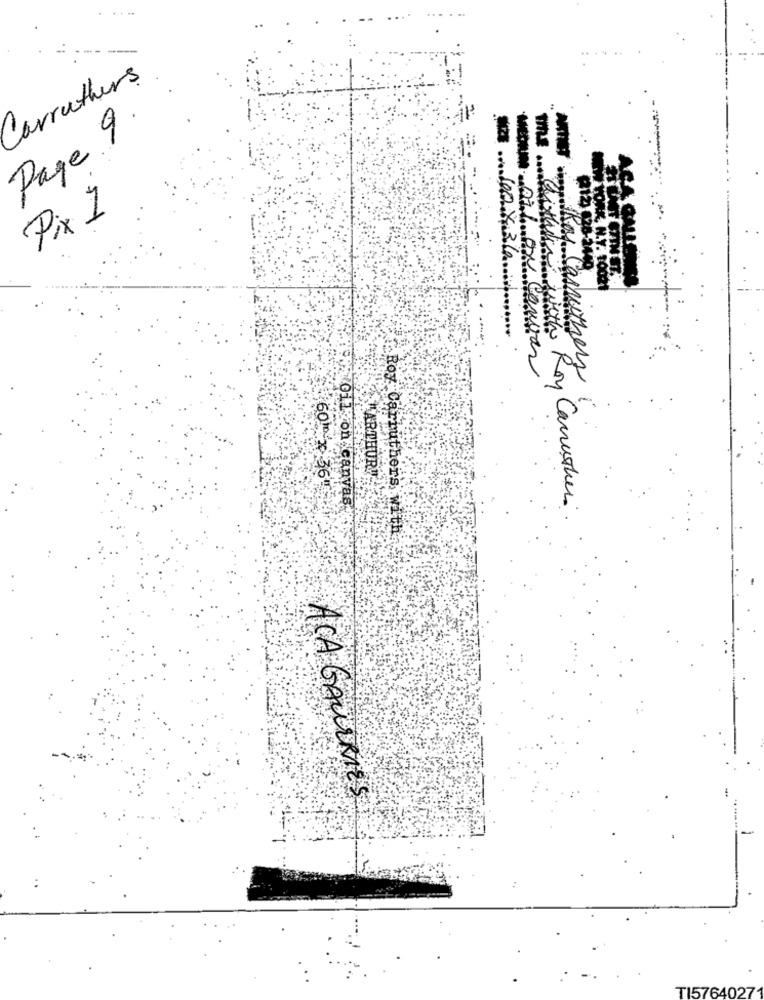
-
Carruthers
Page 9.
Pix 1
260X36
...
MECLIMA Oil ON Canvas
Kas Caruthers
"ARTHUR"
600-x 36!
G11 on canvas.
Within with Roy Canrather.
Roy Carruthers with
ACA GALLERIES
TI5764027